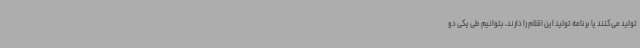
تولید می‌کنند یا برنامه تولید این اقلام را دارند، بتوانیم طی یکی دو